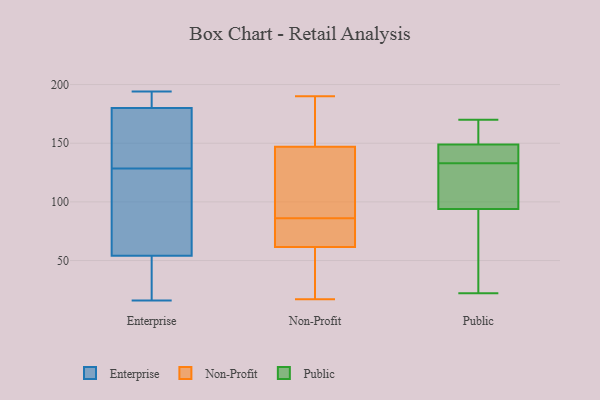
{"axis": {"x": "Shipments", "y": "Value"}, "legend": ["Enterprise", "Non-Profit", "Public"], "data": [{"x": "", "y": 141, "type": "Enterprise"}, {"x": "", "y": 150, "type": "Enterprise"}, {"x": "", "y": 26, "type": "Enterprise"}, {"x": "", "y": 76, "type": "Enterprise"}, {"x": "", "y": 192, "type": "Enterprise"}, {"x": "", "y": 194, "type": "Enterprise"}, {"x": "", "y": 172, "type": "Enterprise"}, {"x": "", "y": 55, "type": "Enterprise"}, {"x": "", "y": 51, "type": "Enterprise"}, {"x": "", "y": 188, "type": "Enterprise"}, {"x": "", "y": 82, "type": "Enterprise"}, {"x": "", "y": 53, "type": "Enterprise"}, {"x": "", "y": 136, "type": "Enterprise"}, {"x": "", "y": 191, "type": "Enterprise"}, {"x": "", "y": 121, "type": "Enterprise"}, {"x": "", "y": 145, "type": "Enterprise"}, {"x": "", "y": 63, "type": "Enterprise"}, {"x": "", "y": 27, "type": "Enterprise"}, {"x": "", "y": 192, "type": "Enterprise"}, {"x": "", "y": 16, "type": "Enterprise"}, {"x": "", "y": 29, "type": "Non-Profit"}, {"x": "", "y": 190, "type": "Non-Profit"}, {"x": "", "y": 114, "type": "Non-Profit"}, {"x": "", "y": 68, "type": "Non-Profit"}, {"x": "", "y": 25, "type": "Non-Profit"}, {"x": "", "y": 184, "type": "Non-Profit"}, {"x": "", "y": 88, "type": "Non-Profit"}, {"x": "", "y": 150, "type": "Non-Profit"}, {"x": "", "y": 132, "type": "Non-Profit"}, {"x": "", "y": 84, "type": "Non-Profit"}, {"x": "", "y": 58, "type": "Non-Profit"}, {"x": "", "y": 185, "type": "Non-Profit"}, {"x": "", "y": 144, "type": "Non-Profit"}, {"x": "", "y": 17, "type": "Non-Profit"}, {"x": "", "y": 65, "type": "Non-Profit"}, {"x": "", "y": 73, "type": "Non-Profit"}, {"x": "", "y": 170, "type": "Public"}, {"x": "", "y": 149, "type": "Public"}, {"x": "", "y": 155, "type": "Public"}, {"x": "", "y": 22, "type": "Public"}, {"x": "", "y": 94, "type": "Public"}, {"x": "", "y": 69, "type": "Public"}, {"x": "", "y": 126, "type": "Public"}, {"x": "", "y": 122, "type": "Public"}, {"x": "", "y": 140, "type": "Public"}, {"x": "", "y": 142, "type": "Public"}]}